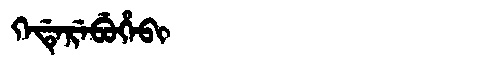
Manchu: ᡴᡝᡩᡝᡵᡝᠪᡠᡥᡝᠪᡳ
Romanization: KEDEREBUHEBI